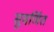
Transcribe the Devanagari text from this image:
सुवर्णित